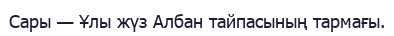
Сары — Ұлы жүз Албан тайпасының тармағы.